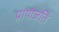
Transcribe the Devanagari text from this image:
प्रायोजति